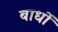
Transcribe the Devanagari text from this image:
बाधों